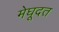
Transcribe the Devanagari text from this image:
मेघूदत